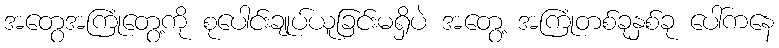
အတွေအကြုံတွေ့ကို စုပေါင်းချုပ်ယူခြင်းမရှိပဲ အတွေ့ အကြုံတစ်ခုနှစ်ခု ပေါ်ကနေ